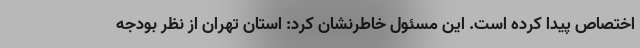
اختصاص پیدا کرده است. این مسئول خاطرنشان کرد: استان تهران از نظر بودجه